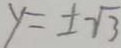
y = \pm \sqrt { 3 }